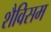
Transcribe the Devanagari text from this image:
शैविसम